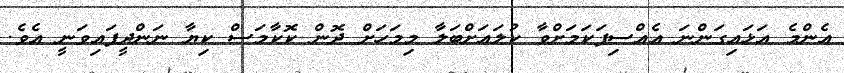
އެންމެ އަޅައިގަންނަ އެއްސިފަކަމަށްވާ ކުލައަށްބަލާ މިމަހަށް ދޮން ކޮކާމަސް ކިޔާ ނަންދީފައިވަނީ އެވެ.